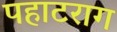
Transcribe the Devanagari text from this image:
पहाटराग